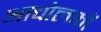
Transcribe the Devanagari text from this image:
आचोलकों